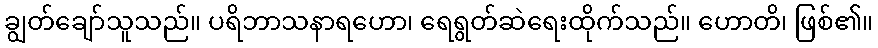
ချွတ်ချော်သူသည်။ ပရိဘာသနာရဟော၊ ရေရွတ်ဆဲရေးထိုက်သည်။ ဟောတိ၊ ဖြစ်၏။